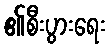
၏စီးပွားရေး